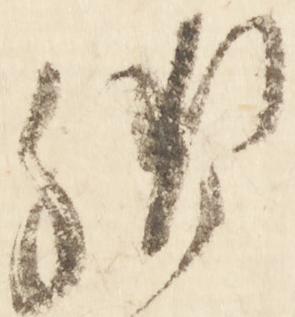
御